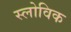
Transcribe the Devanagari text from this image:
स्लोविक